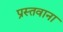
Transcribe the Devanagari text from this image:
प्रस्तवाना